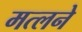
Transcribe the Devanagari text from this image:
मत्लने